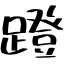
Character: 蹬